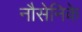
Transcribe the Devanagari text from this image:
नौसेनिके